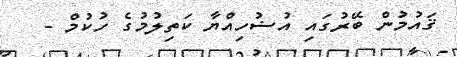
ޤައުމުން ބޭރުގައި އުޟުހިއްޔާ ކަތިލުމުގެ ހުކުމް -